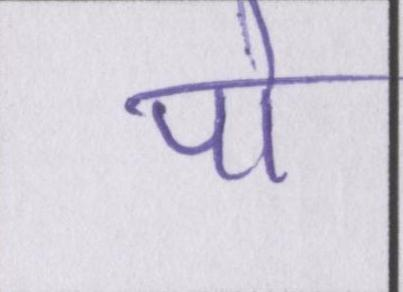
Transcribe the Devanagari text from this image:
पो